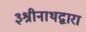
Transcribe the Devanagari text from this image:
३श्रीनाथद्वारा